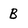
Character: B